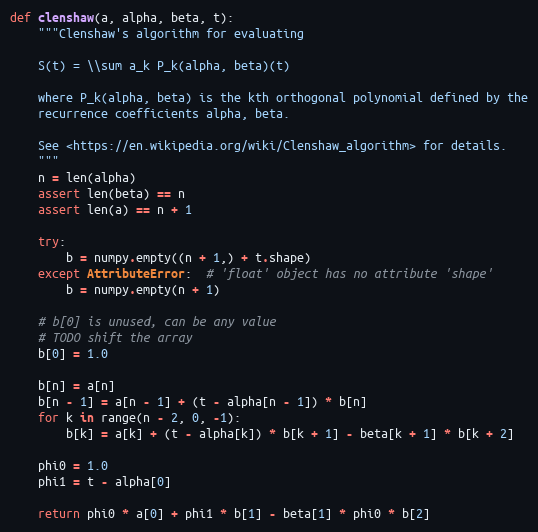
Language: Python
def clenshaw(a, alpha, beta, t):
    """Clenshaw's algorithm for evaluating

    S(t) = \\sum a_k P_k(alpha, beta)(t)

    where P_k(alpha, beta) is the kth orthogonal polynomial defined by the
    recurrence coefficients alpha, beta.

    See <https://en.wikipedia.org/wiki/Clenshaw_algorithm> for details.
    """
    n = len(alpha)
    assert len(beta) == n
    assert len(a) == n + 1

    try:
        b = numpy.empty((n + 1,) + t.shape)
    except AttributeError:  # 'float' object has no attribute 'shape'
        b = numpy.empty(n + 1)

    # b[0] is unused, can be any value
    # TODO shift the array
    b[0] = 1.0

    b[n] = a[n]
    b[n - 1] = a[n - 1] + (t - alpha[n - 1]) * b[n]
    for k in range(n - 2, 0, -1):
        b[k] = a[k] + (t - alpha[k]) * b[k + 1] - beta[k + 1] * b[k + 2]

    phi0 = 1.0
    phi1 = t - alpha[0]

    return phi0 * a[0] + phi1 * b[1] - beta[1] * phi0 * b[2]